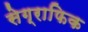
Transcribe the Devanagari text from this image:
सेग्राफिक